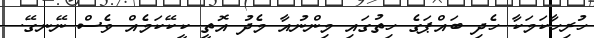
ހުރިހާކަމަކާ ހެދި ބައްޕަގެ ހިތުގައި މިންނުއާ މެދު އޮތީ ކީކޭކަމެއް ވެސް ނޭނގޭ.